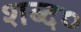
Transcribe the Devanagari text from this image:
शब्द०